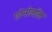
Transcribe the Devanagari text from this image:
एटेनोलॉल